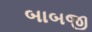
બાબજી